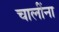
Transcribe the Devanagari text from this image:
चालींना